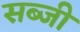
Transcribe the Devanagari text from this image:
सब्‍जी